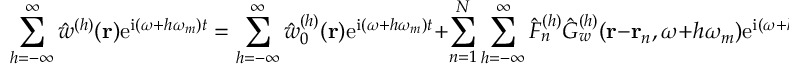
\sum _ { h = - \infty } ^ { \infty } \hat { w } ^ { ( h ) } ( \mathbf { r } ) \mathrm { e } ^ { \mathrm { i } ( \omega + h \omega _ { m } ) t } = \sum _ { h = - \infty } ^ { \infty } \hat { w } _ { 0 } ^ { ( h ) } ( \mathbf { r } ) \mathrm { e } ^ { \mathrm { i } ( \omega + h \omega _ { m } ) t } + \sum _ { n = 1 } ^ { N } \sum _ { h = - \infty } ^ { \infty } \hat { F } _ { n } ^ { ( h ) } \hat { G } _ { w } ^ { ( h ) } ( \mathbf { r } - \mathbf { r } _ { n } , \omega + h \omega _ { m } ) \mathrm { e } ^ { \mathrm { i } ( \omega + h \omega _ { m } ) t } , \quad h \in \mathbb { Z } .